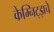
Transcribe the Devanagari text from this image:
केम्निट्झचे